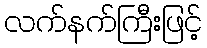
လက်နက်ကြီးဖြင့်